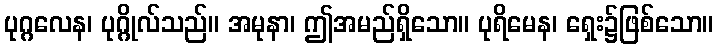
ပုဂ္ဂလေန၊ ပုဂ္ဂိုလ်သည်။ အမုနာ၊ ဤအမည်ရှိသော။ ပုရိမေန၊ ရှေး၌ဖြစ်သော။